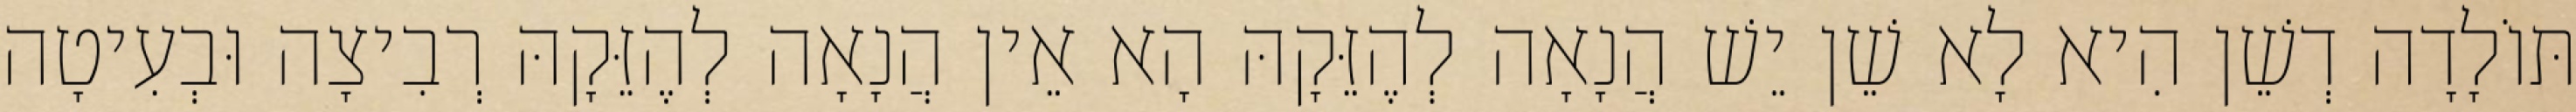
תּוֹלָדָה דְשֵׁן הִיא לָא שֵׁן יֵשׁ הֲנָאָה לְהֶזֵּקָהּ הָא אֵין הֲנָאָה לְהֶזֵּקָהּ רְבִיצָה וּבְעִיטָה